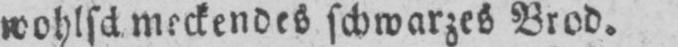
schwarzes Brod.